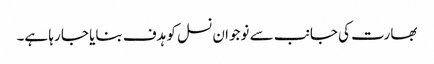
بھارت کی جانب سے نوجوان نسل کو ہدف بنایا جا رہا ہے۔